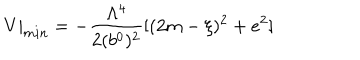
LaTeX: V | _ { m i n } = - { \frac { \Lambda ^ { 4 } } { 2 ( b ^ { 0 } ) ^ { 2 } } } [ ( 2 m - \xi ) ^ { 2 } + e ^ { 2 } ]